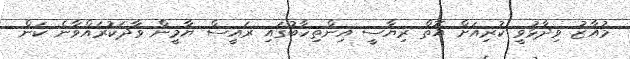
މުއާޒު ވިދާޅުވީ ކުރިއަށް އޮތް ރިޔާސީ އިންތިހާބުގައި ރައީސް ޔާމީން ވާދަކުރައްވާނެ ކަން